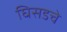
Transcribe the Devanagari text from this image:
घिसडचे